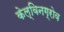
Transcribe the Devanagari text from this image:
केल्विनग्रोव